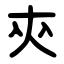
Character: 㚒